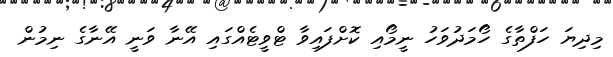
މިދިޔަ ހަފްތާގެ ހޯމަދުވަހު ނީމޯއި ކޮށްފައިވާ ޓްވީޓެއްގައި އޭނާ ވަނީ އޭނާގެ ނިމުން